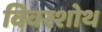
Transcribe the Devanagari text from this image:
विवरशोथ